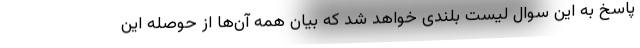
پاسخ به این سوال لیست بلندی خواهد شد که بیان همه آن‌ها از حوصله این